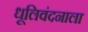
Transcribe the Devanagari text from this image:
धूलिवंदनाला